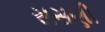
સસણી